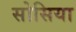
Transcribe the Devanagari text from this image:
सोसिया